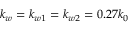
k _ { w } = k _ { w 1 } = k _ { w 2 } = 0 . 2 7 k _ { 0 }